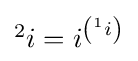
{\textstyle {}^{2}i=i^{\left({}^{1}i\right)}}